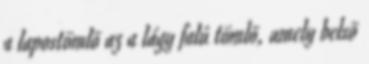
a lapostömlõ az a lágy falú tömlõ, amely belsõ